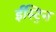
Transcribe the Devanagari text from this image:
ईस्ट्रिन